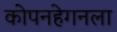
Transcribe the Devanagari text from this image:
कोपनहेगनला